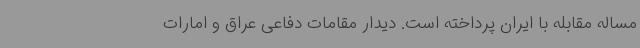
مساله مقابله با ایران پرداخته است. دیدار مقامات دفاعی عراق و امارات